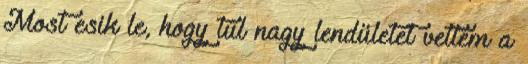
Most esik le, hogy túl nagy lendületet vettem a